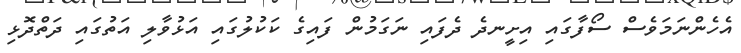
އެހެންނަމަވެސް ސޯފާގައި އިށީނދެ ދެފައި ނަގަމުން ފައިގެ ކަކުލުގައި އަޅުވާލި އަތުގައި ދަތްދޮޅި